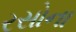
રસોના